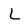
Character: L